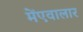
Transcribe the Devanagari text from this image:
मेंएवालार